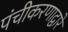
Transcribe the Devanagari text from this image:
पंचीकरणाद्वारे